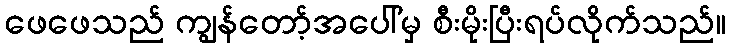
ဖေဖေသည် ကျွန်တော့်အပေါ်မှ စီးမိုးပြီးရပ်လိုက်သည်။